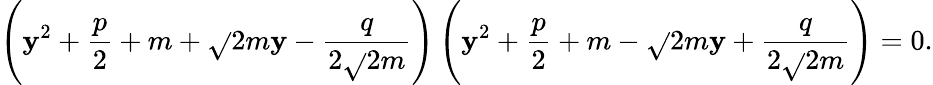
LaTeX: \left(\mathbf{y}^{2}+{\frac{{p}}{{2}}}+m+{\sqrt{}{{2m}}}\mathbf{y}-{\frac{{q}}{{2{\sqrt{}{{2m}}}}}}\right)\left(\mathbf{y}^{2}+{\frac{{p}}{{2}}}+m-{\sqrt{}{{2m}}}\mathbf{y}+{\frac{{q}}{{2{\sqrt{}{{2m}}}}}}\right)=0.